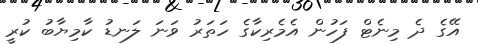
އޭގެ ދެ މިނެޓް ފަހުން އެމެރިކާގެ ހަތަރު ވަނަ ލަނޑު ކާމިޔާބު ކުރީ